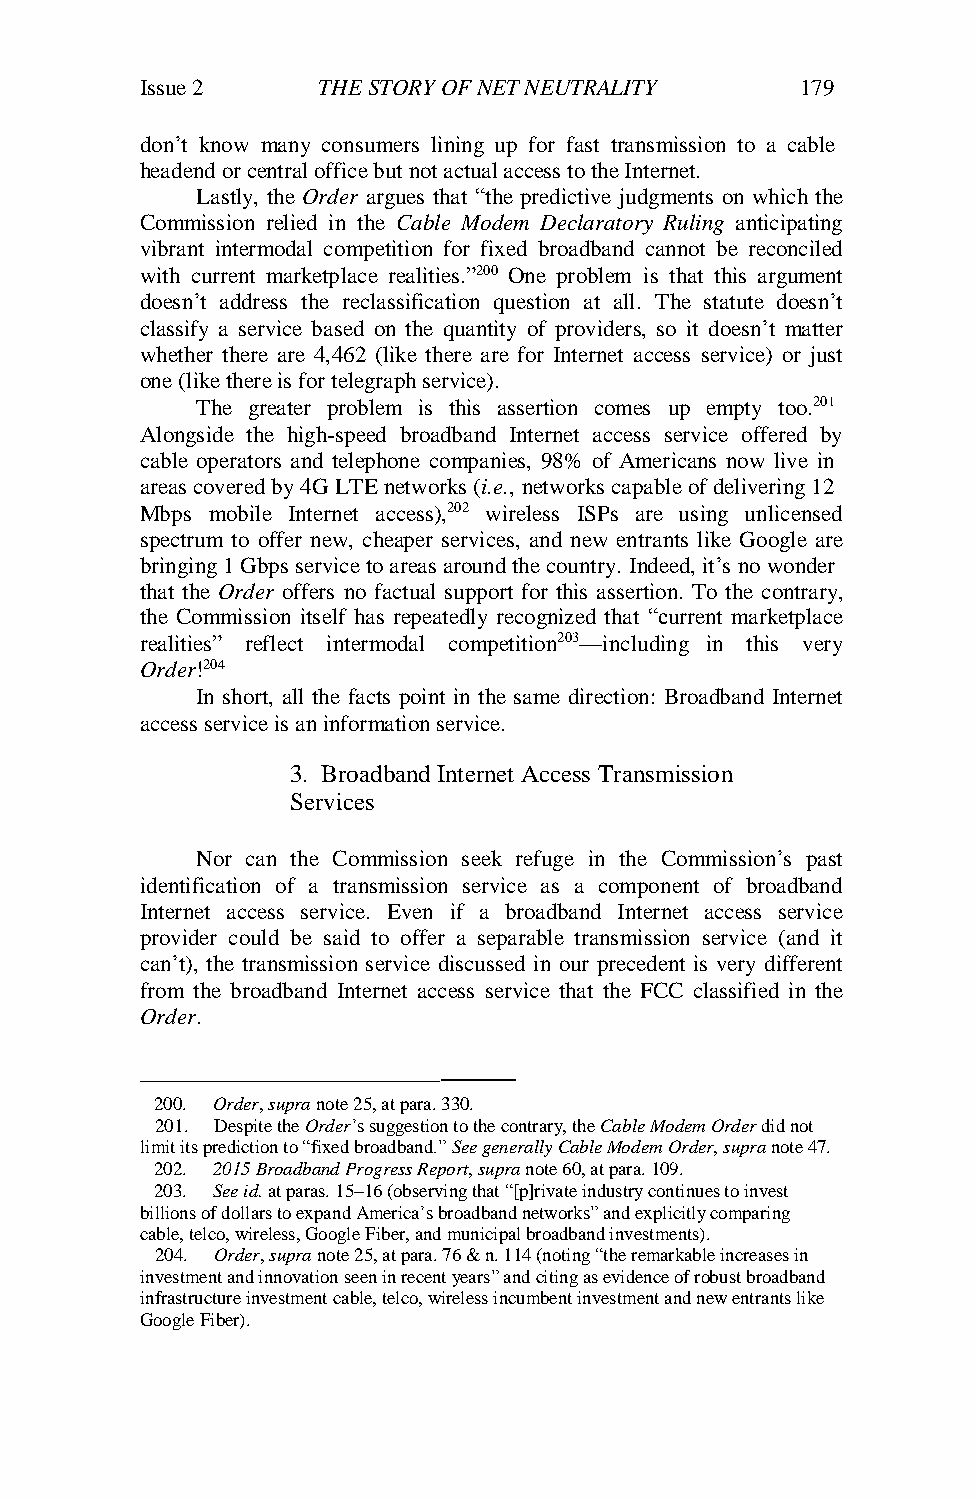
Issue 2     THE STORY OF NET NEUTRALITY     179
 don’t know many consumers lining up for fast transmission to a cable
 headend or central office but not actual access to the Internet.
 Lastly, the Order argues that “the predictive judgments on which the
 Commission relied in the Cable Modem Declaratory Ruling anticipating
 vibrant intermodal competition for fixed broadband cannot be reconciled
 with current marketplace realities.”200 One problem is that this argument
 doesn’t address the reclassification question at all. The statute doesn’t
 classify a service based on the quantity of providers, so it doesn’t matter
 whether there are 4,462 (like there are for Internet access service) or just
 one (like there is for telegraph service).
 The greater problem is this assertion comes up empty too.201
 Alongside the high-speed broadband Internet access service offered by
 cable operators and telephone companies, 98% of Americans now live in
 areas covered by 4G LTE networks (i.e., networks capable of delivering 12
 Mbps mobile Internet access),202 wireless ISPs are using unlicensed
 spectrum to offer new, cheaper services, and new entrants like Google are
 bringing 1 Gbps service to areas around the country. Indeed, it’s no wonder
 that the Order offers no factual support for this assertion. To the contrary,
 the Commission itself has repeatedly recognized that “current marketplace
 realities” reflect intermodal competition203—including in this very
 Order!204
 In short, all the facts point in the same direction: Broadband Internet
 access service is an information service.
 3. Broadband Internet Access Transmission
 Services
 Nor can the Commission seek refuge in the Commission’s past
 identification of a transmission service as a component of broadband
 Internet access service. Even if a broadband Internet access service
 provider could be said to offer a separable transmission service (and it
 can’t), the transmission service discussed in our precedent is very different
 from the broadband Internet access service that the FCC classified in the
 Order.
 ———
 200. Order, supra note 25, at para. 330.
 201. Despite the Order’s suggestion to the contrary, the Cable Modem Order did not
 limit its prediction to “fixed broadband.” See generally Cable Modem Order, supra note 47.
 202. 2015 Broadband Progress Report, supra note 60, at para. 109.
 203. See id. at paras. 15–16 (observing that “[p]rivate industry continues to invest
 billions of dollars to expand America’s broadband networks” and explicitly comparing
 cable, telco, wireless, Google Fiber, and municipal broadband investments).
 204. Order, supra note 25, at para. 76 & n. 114 (noting “the remarkable increases in
 investment and innovation seen in recent years” and citing as evidence of robust broadband
 infrastructure investment cable, telco, wireless incumbent investment and new entrants like
 Google Fiber).